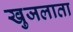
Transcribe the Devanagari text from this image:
खुजलाता